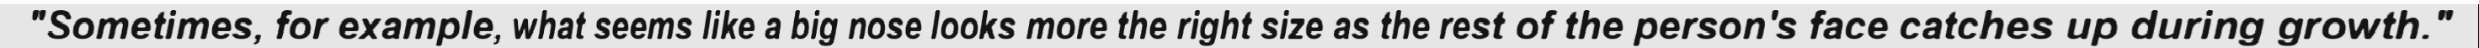
"Sometimes, for example, what seems like a big nose looks more the right size as the rest of the person's face catches up during growth."